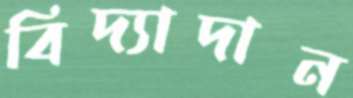
বিদ্যাদান